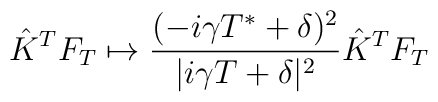
\hat{K}^TF_T \mapsto\frac{(-i\gamma T^*+\delta)^2}{|i\gamma T+\delta|^2} 	\hat{K}^TF_T